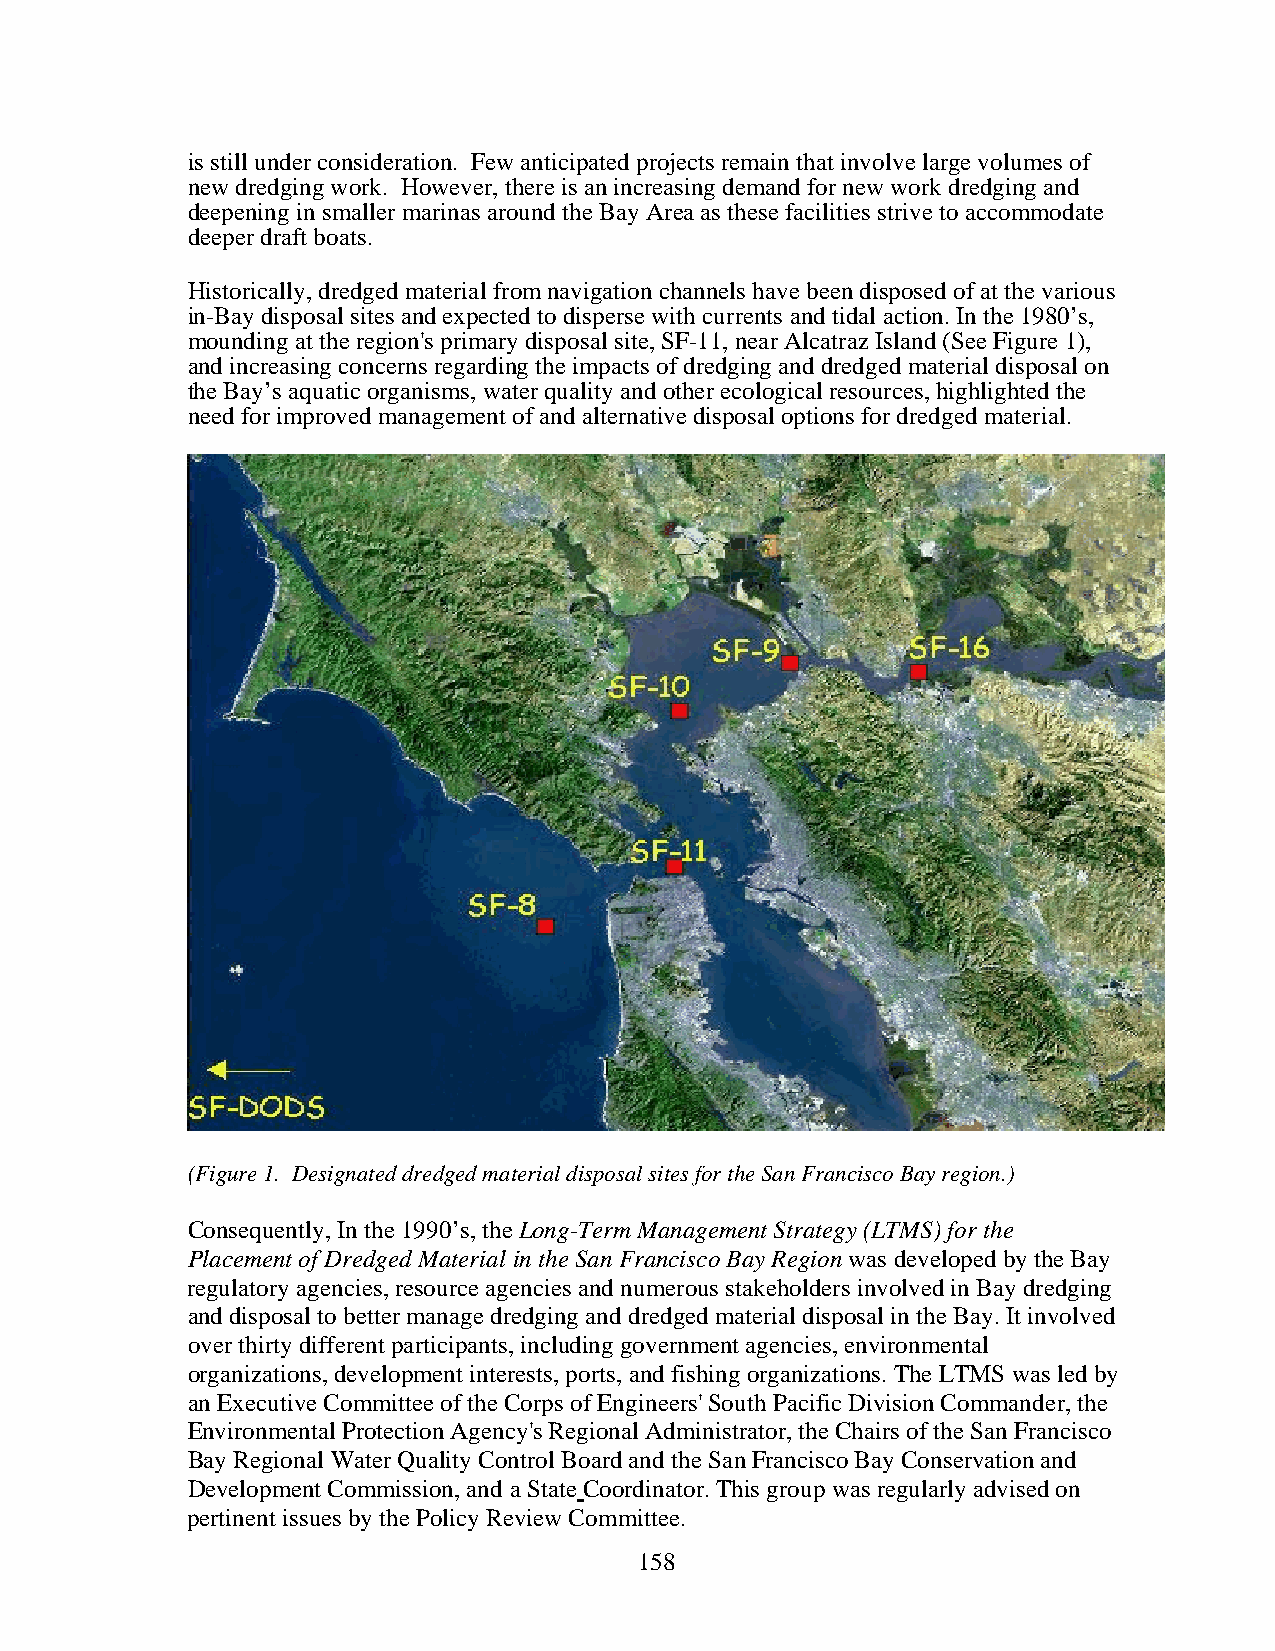
is still under consideration. Few anticipated projects remain that involve large volumes of
 new dredging work. However, there is an increasing demand for new work dredging and
 deepening in smaller marinas around the Bay Area as these facilities strive to accommodate
 deeper draft boats.
 Historically, dredged material from navigation channels have been disposed of at the various
 in-Bay disposal sites and expected to disperse with currents and tidal action. In the 1980’s,
 mounding at the region's primary disposal site, SF-11, near Alcatraz Island (See Figure 1),
 and increasing concerns regarding the impacts of dredging and dredged material disposal on
 the Bay’s aquatic organisms, water quality and other ecological resources, highlighted the
 need for improved management of and alternative disposal options for dredged material.
 (Figure 1. Designated dredged material disposal sites for the San Francisco Bay region.)
 Consequently, In the 1990’s, the Long-Term Management Strategy (LTMS) for the
 Placement of Dredged Material in the San Francisco Bay Region was developed by the Bay
 regulatory agencies, resource agencies and numerous stakeholders involved in Bay dredging
 and disposal to better manage dredging and dredged material disposal in the Bay. It involved
 over thirty different participants, including government agencies, environmental
 organizations, development interests, ports, and fishing organizations. The LTMS was led by
 an Executive Committee of the Corps of Engineers' South Pacific Division Commander, the
 Environmental Protection Agency's Regional Administrator, the Chairs of the San Francisco
 Bay Regional Water Quality Control Board and the San Francisco Bay Conservation and
 Development Commission, and a State Coordinator. This group was regularly advised on
 pertinent issues by the Policy Review Committee.
 158